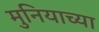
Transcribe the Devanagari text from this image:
मुनियाच्या